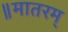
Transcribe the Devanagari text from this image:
॥मातरम्